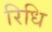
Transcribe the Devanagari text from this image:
रिधि